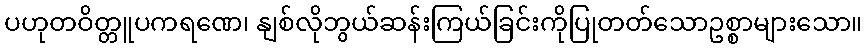
ပဟုတဝိတ္တူပကရဏေ၊ နျစ်လိုဘွယ်ဆန်းကြယ်ခြင်းကိုပြုတတ်သောဥစ္စာများသော။